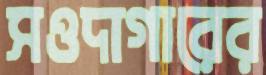
সওদাগারের